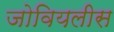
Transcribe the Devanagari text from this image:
जोवियलीस